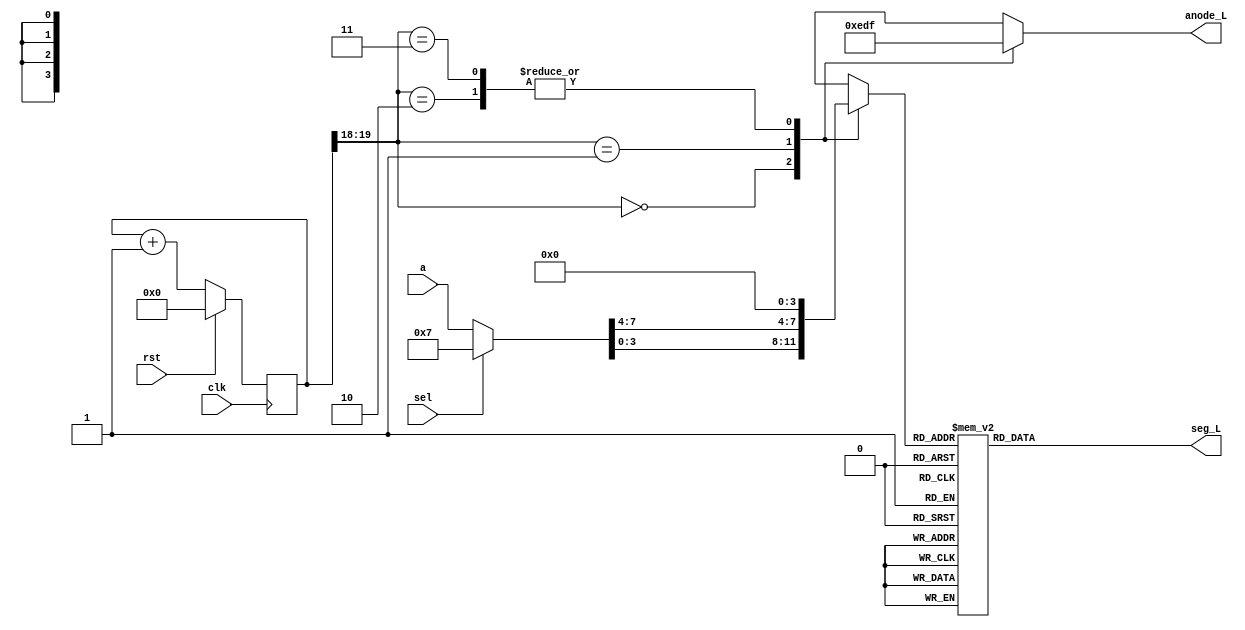
module seven_seg(
    input [7:0] a,
    input clk,
    input rst,
    input sel,
    output reg [6:0] seg_L,
    output reg [3:0] anode_L    // needed to select the correct 7 seg display
    );

	wire [1:0] seg7_clk;
    wire [7:0] x;

	reg [19:0] count;      
    reg [3:0] selnum;

    // This always block and the following assign statement generate
    //      The Two bit SLOW clock, from the 100MHz system clock (clk) for the 7 seg anodes
    always@(posedge(clk))
	   if (rst)        // rst is the top push button
		  count <= 20'b0;
	   else
		  count <= count+1'b1;
		  
	assign seg7_clk = count[19:18];	  // select the 2 MSBs to drive the 7 seg anodes
	assign x = (sel) ? {benchNo_Hi, benchNo_Lo} : a;
	
	// This always block generates
	//     1. The value displayed on each 7-seg display (selnum[3:0]) 	  
	//     2. The one-hot active low 7 seg display anode select signals (anode_L[3:0]
    always @ *          
    begin
        anode_L=4'b1111;       // all off
        case (seg7_clk)    
            	2'd0 :  begin
                        anode_L=4'b1110;
                        selnum = x[3:0];
                    end
            	2'd1 :  begin
                        anode_L=4'b1101;
                        selnum = x[7:4];
                    end
            	2'd2 :  begin
                        //anode_L=4'b1011;
                        anode_L=4'b1111;    // all off
                        selnum = 4'd0;
                    end
            	2'd3 :  begin
                        //anode_L=4'b0111;
                        anode_L=4'b1111;    // all off
                        selnum = 4'd0;
                    end
        endcase
    end

    always @*
    begin
        case (selnum)
            4'd0  : seg_L = 7'b100_0000;
            4'd1  : seg_L = 7'b111_1001;
            4'd2  : seg_L = 7'b010_0100;
            4'd3  : seg_L = 7'b011_0000;            
            4'd4  : seg_L = 7'b001_1001;
            4'd5  : seg_L = 7'b001_0010;
            4'd6  : seg_L = 7'b000_0010;
            4'd7  : seg_L = 7'b111_1000;
            4'd8  : seg_L = 7'b000_0000;
            4'd9  : seg_L = 7'b001_0000;
            4'd10 : seg_L = 7'b000_1000;
            4'd11 : seg_L = 7'b000_0011;
            4'd12 : seg_L = 7'b100_0110;
            4'd13 : seg_L = 7'b010_0001;
            4'd14 : seg_L = 7'b000_0110;
            4'd15 : seg_L = 7'b000_1110;        
            default:seg_L = 7'b111_1111;
        endcase
    end	

// **************** Do NOT modify the code above ****************** //

// Enter your Bench Number here. If required, add the offset given
    wire [3:0] benchNo_Hi = 4'd0;  // Enter the tens digit of YOUR bench number
    wire [3:0] benchNo_Lo = 4'd7;   // Enter the ones digit of YOUR bench number
 
endmodule